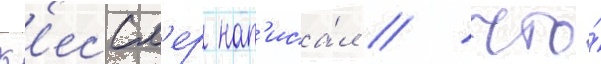
К'ессл'ер нап'иса́л / что́